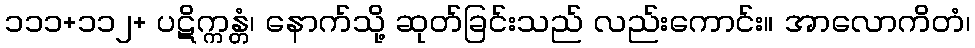
၁၁၁+၁၁၂+ ပဋိက္ကန္တံ၊ နောက်သို့ ဆုတ်ခြင်းသည် လည်းကောင်း။ အာလောကိတံ၊